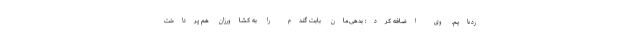
رده‌ایم. وی اضافه کرد: بدهی‌مان بابت گندم را به کشاورزان هم پرداخت